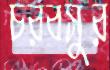
চরবসুর